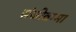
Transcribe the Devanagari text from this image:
संजीवम्मा